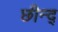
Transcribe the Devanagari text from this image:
छीन्द्